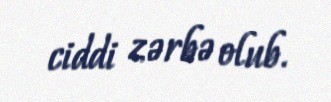
ciddi zərbə olub.